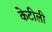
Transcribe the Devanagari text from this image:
केटीली